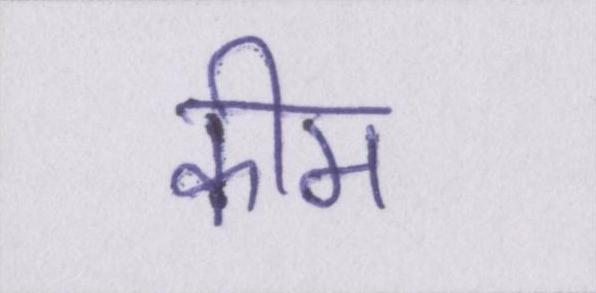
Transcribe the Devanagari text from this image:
कीम